Annual report on the working of the lock hospitals in the North-Western Provinces and Oudh
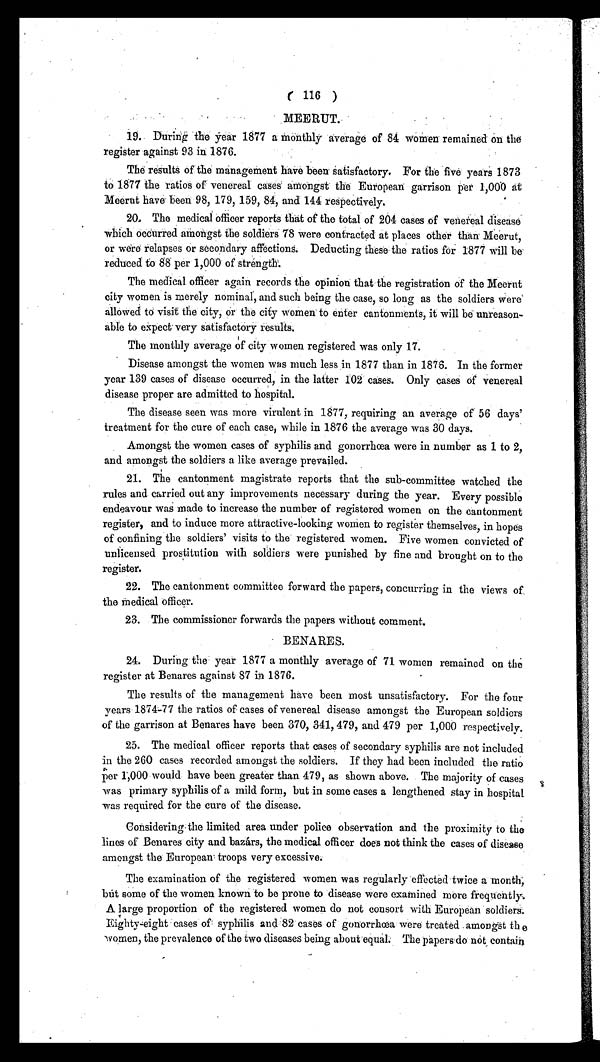
( 116 )
MEERUT.
19. During the year 1877 a monthly average of 84 women remained on the
register against 93 in 1876.
The results of the management have been satisfactory. For the five years 1873
to 1877 the ratios of venereal cases . amongst the European garrison per 1,000 at
Meerut have been 98, 179, 159, 84, and 144 respectively.
20. The medical officer reports that of the total of 204 cases of venereal disease
which occurred amongst the soldiers 78 were contracted at places other than Meerut,
or were relapses or secondary affections. Deducting these the ratios for 1877 will be
reduced to 88 per 1,000 of strength.
The medical officer again records the opinion that the registration of the Meerut
city women is merely nominal, and such being the case, so long as the soldiers were
allowed to visit the city, or the city women to enter cantonments, it will be unreason-
able to expect. very satisfactory results.
The monthly average of city women registered was only 17.
Disease amongst the women was much less in 1877 than in 1876. In the former
year 139 cases of disease occurred, in the latter 102 cases. Only cases of venereal
disease proper are admitted to hospital.
The disease seen was more virulent in 1877, requiring an average of 56 days'
treatment for the cure of each case, while in 1876 the average was 30 days.
Amongst the women cases of syphilis and gonorrhœa were in number as 1 to 2,
and amongst the soldiers a like average prevailed.
21. The cantonment magistrate reports that the sub-committee watched the
rules and carried out any improvements necessary during the year. Every possible
endeavour was made to increase the number of registered women on the cantonment
register, and to induce more attractive-looking women to register themselves, in hopes
of confining the soldiers' visits to the registered women. Five women convicted of
unlicensed prostitution with soldiers were punished by fine and brought on to the
register.
22. The cantonment committee forward the papers, concurring in the views of
the medical officer.
23. The commissioner forwards the papers without comment.
BENARES.
24. During the year 1877 a monthly average of 71 women remained on the
register at Benares against 87 in 1876.
The results of the management have been most unsatisfactory. For the four
years 1874-77 the ratios of cases of venereal disease amongst the European soldiers
of the garrison at Benares have been 370, 341, 479, and 479 per 1,000 respectively.
25. The medical officer reports that cases of secondary syphilis are not included
in the 260 cases recorded amongst the soldiers. If they had been included the ratio
per 1,000 would have been greater than 479, as shown above. The majority of cases
was primary syphilis of a mild form, but in some cases a lengthened stay in hospital
was required for the cure of the disease.
Considering : the limited area under police observation and the proximity to the
lines of Benares city and bazárs, the medical officer does not think the cases of disease
amongst the European troops very excessive.
The examination of the registered women was regularly effected twice a month,
but some of the women known to be prone to disease were examined more frequently.
A large proportion of the registered women do not consort with European soldiers.
Eighty-eight cases of syphilis and 82 cases of gonorrhœa were treated amongst the
women, the prevalence of the two diseases being about equal. The papers do not contain